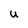
Character: U